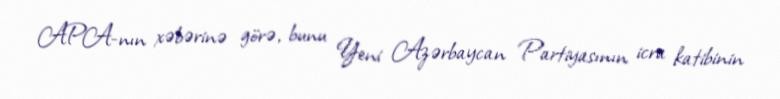
APA-nın xəbərinə görə, bunu Yeni Azərbaycan Partiyasının icra katibinin